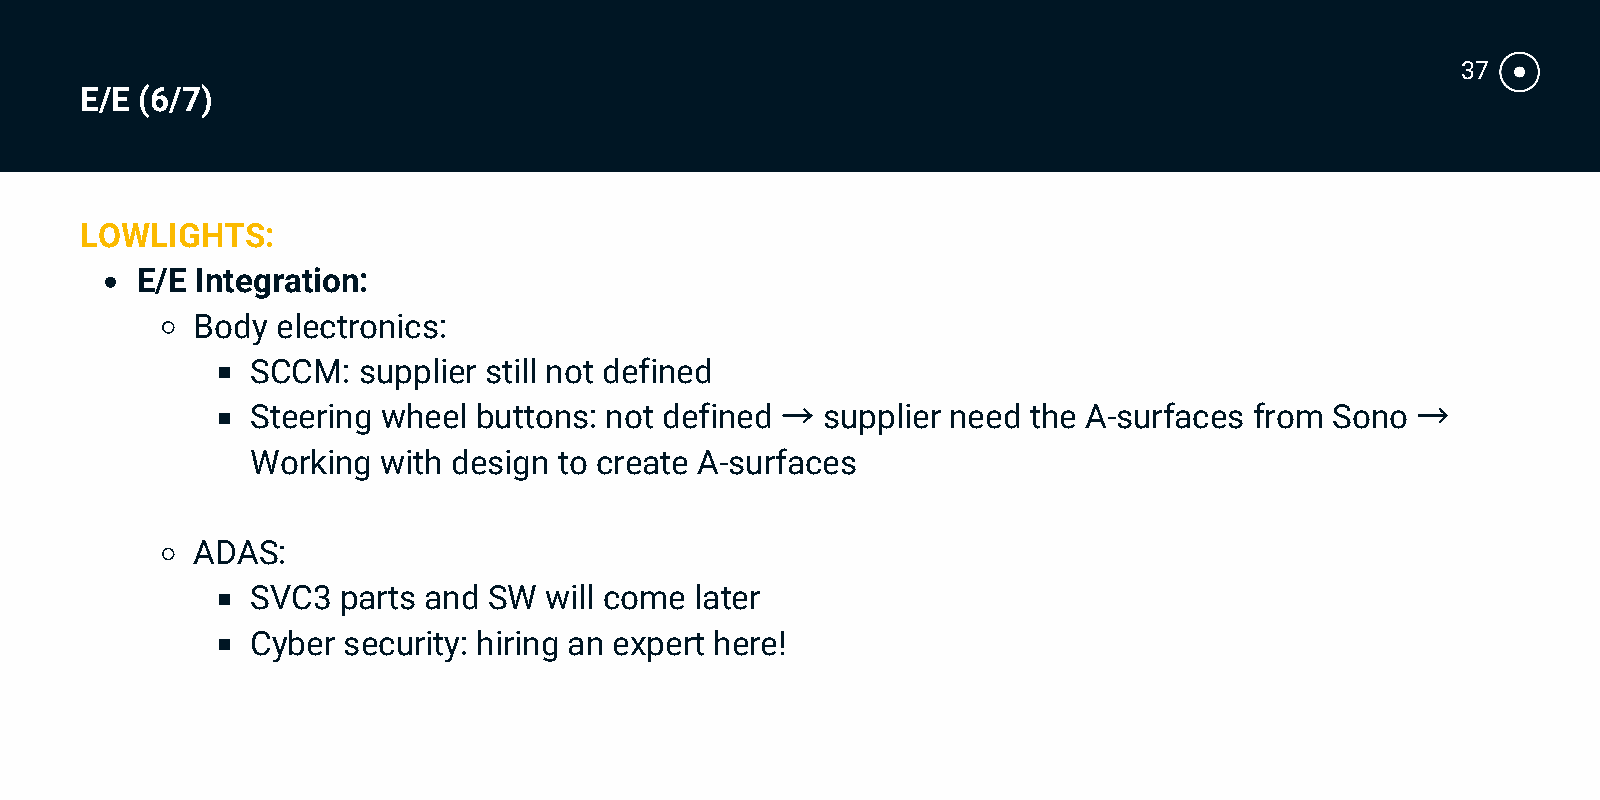
37
 E/E (6/7)
 LOWLIGHTS:
 E/E Integration:
 Body electronics:
 SCCM:  supplier still not defined
 →                                         →
 Steering wheel buttons: not defined  supplier need the A-surfaces from Sono
 Working with design to create A-surfaces
 ADAS:
 SVC3 parts and SW  will come later
 Cyber security: hiring an expert here!